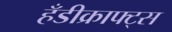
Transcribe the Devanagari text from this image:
हँडीक्राफ्ट्स